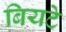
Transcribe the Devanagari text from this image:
बियटे